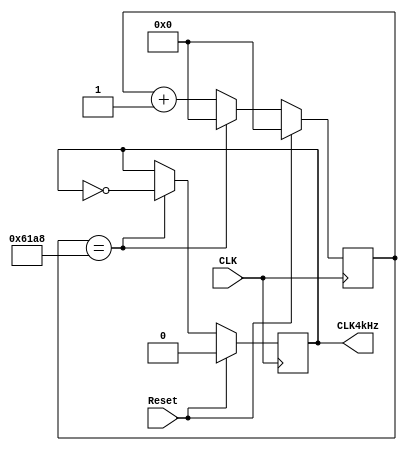
`timescale 1ns / 1ps
//////////////////////////////////////////////////////////////////////////////////
//	Laboratorio de Diseo Digital
// Proyecto de diseo #2
// Divisor de frecuencia de 4kHz
// Diego Brenes Martnez
// Francisco Chacn Cambronero
//////////////////////////////////////////////////////////////////////////////////
module Divisor_4kHz(
    input Reset,
    input CLK,
    output reg CLK4kHz
    );
	
	reg [14:0] Contador;
	
	always @(posedge CLK)
      if(Reset) begin
         Contador <= 15'b0;
			 CLK4kHz <= 1'b0;
		end
      else begin
         if(Contador == 15'd25000) begin //25000
				Contador <= 15'b0;
				 CLK4kHz <= ~CLK4kHz;
			end
			else begin
				Contador <= Contador + 1'b1;
				 CLK4kHz <= CLK4kHz;
			end
		end

endmodule